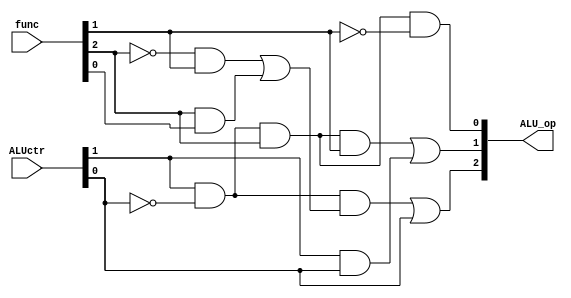
`timescale 1ns / 1ps
//////////////////////////////////////////////////////////////////////////////////
// Company: 
// Engineer: 
// 
// Design Name: 
// Module Name:    ALUop 
// Project Name: 
// Target Devices: 
// Tool versions: 
// Description: 
//
// Dependencies: 
//
// Revision: 
// Revision 0.01 - File Created
// Additional Comments: 
//
//////////////////////////////////////////////////////////////////////////////////
module ALUop(
	 input	[5:0]	func,//RfuncR
	 input	[1:0]	ALUctr,//Control
	 output	[2:0]	ALU_op//ALU
    );
	 //R
	 wire i_Rt = ALUctr[1] & ~ALUctr[0];
	 //ALU_op
	 assign ALU_op[2] = (i_Rt & ((~func[2] & func[1]) | (func[2] & func[0]))) | ALUctr[0];
	 assign ALU_op[1] = (i_Rt & func[2] & func[1]) | (ALUctr[1] & ALUctr[0]);
	 assign ALU_op[0] = (i_Rt & func[2] & ~func[1]);

endmodule